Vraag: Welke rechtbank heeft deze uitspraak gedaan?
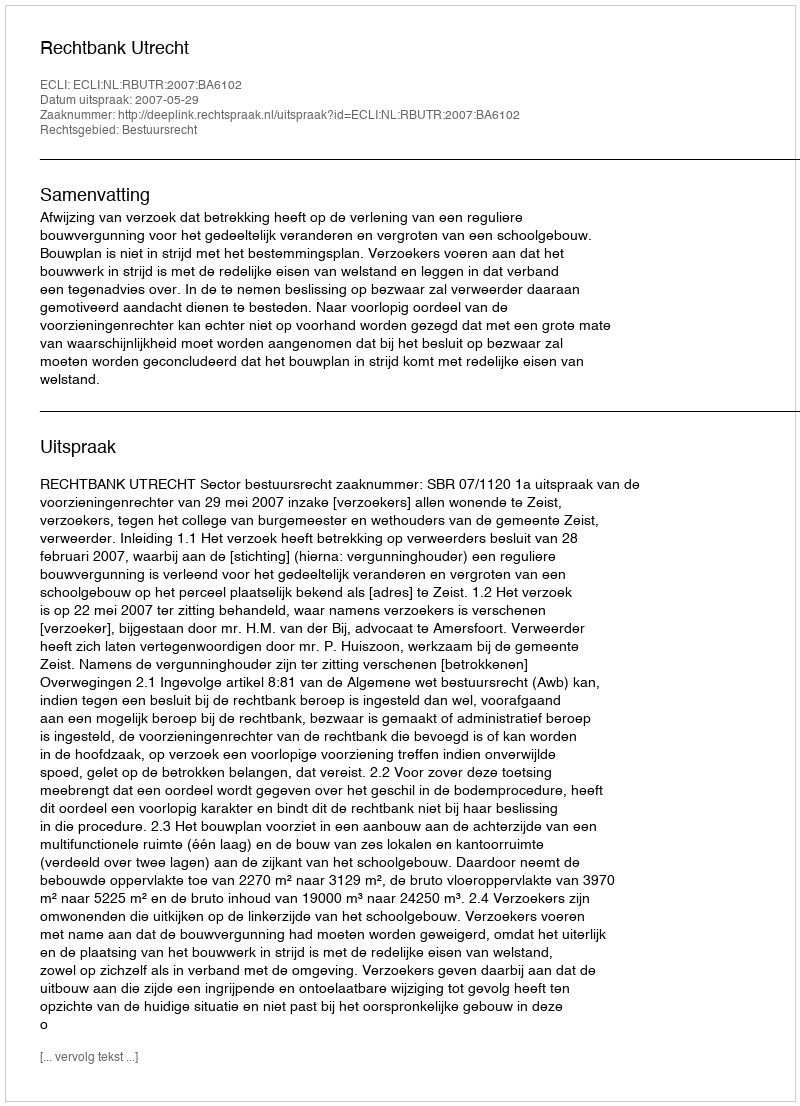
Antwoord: Rechtbank Utrecht